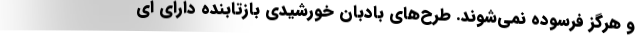
و هرگز فرسوده نمی‌شوند. طرح‌های بادبان خورشیدی بازتابنده دارای ای